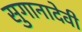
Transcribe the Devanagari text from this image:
सुगानादेवी